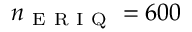
n _ { \mathrm { ~ E ~ R ~ I ~ Q ~ } } = 6 0 0